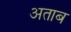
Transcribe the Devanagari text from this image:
अताब